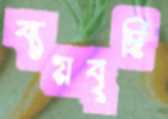
ব্যয়বৃদ্ধি